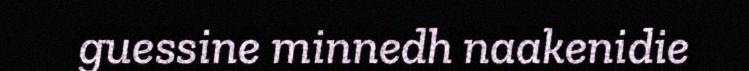
guessine minnedh naakenidie